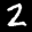
Label: 2